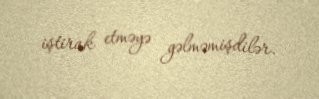
iştirak etməyə gəlməmişdilər.